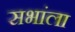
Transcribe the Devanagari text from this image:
सभांला